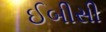
ઈબીસી